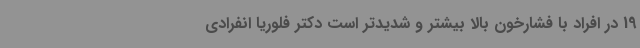
19 در افراد با فشارخون بالا بیشتر و شدیدتر است دکتر فلوریا انفرادی